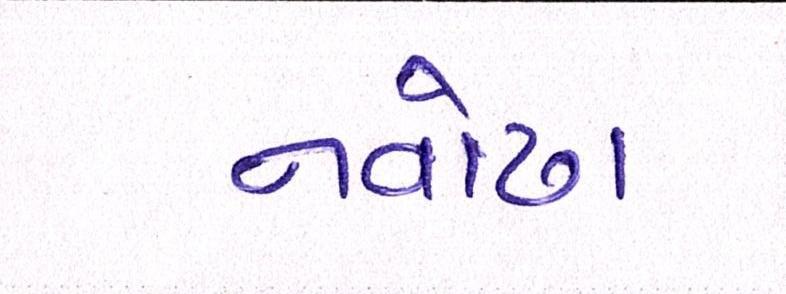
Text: નવોઢા